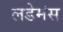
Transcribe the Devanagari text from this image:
लडेमंस